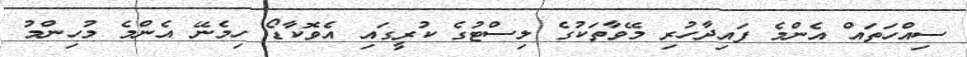
ސިއްހަތައް އެންމެ ފައިދާހުރި މޭވާތަކުގެ ލިސްޓުގެ ކުރީގައި އެވޮކާޑޯ ހިމެނޭ އެންމެ މުހިންމު